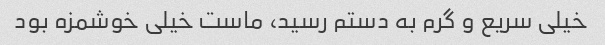
خیلی سریع و گرم به دستم رسید، ماست خیلی خوشمزه بود